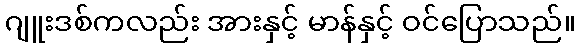
ဂျူးဒစ်ကလည်း အားနှင့် မာန်နှင့် ဝင်ပြောသည်။